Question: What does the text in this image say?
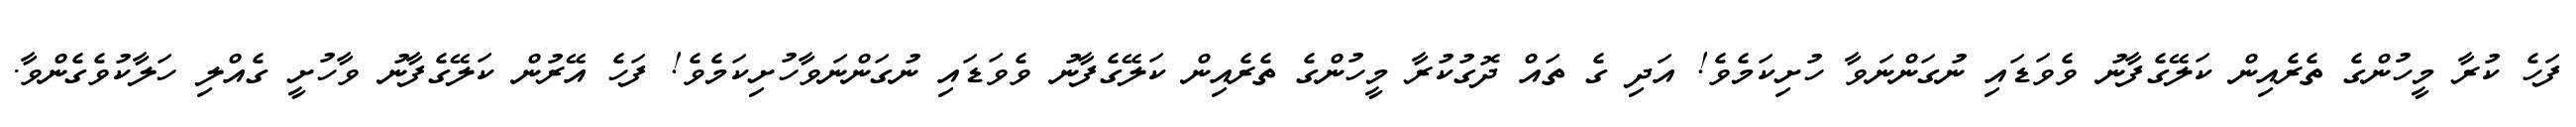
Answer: ފަހެ ކުރާ މީހުންގެ ތެރެއިން ކަލޭގެފާނު ވެވަޑައި ނުގަންނަވާ ހުށިކަމެވެ! އަދި ގެ ތައް ދޮގުކުރާ މީހުންގެ ތެރެއިން ކަލޭގެފާނު ވެވަޑައި ނުގަންނަވާހުށިކަމެވެ! ފަހެ އޭރުން ކަލޭގެފާނު ވާހުށީ ގެއްލި ހަލާކުވެގެންވާ.